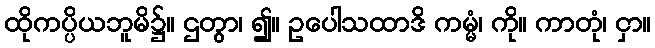
ထိုကပ္ပိယဘူမိ၌။ ဌတွာ၊ ၍။ ဥပေါသထာဒိ ကမ္မံ၊ ကို။ ကာတုံ၊ ငှာ။